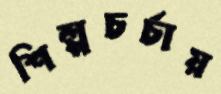
শিল্পচর্চায়